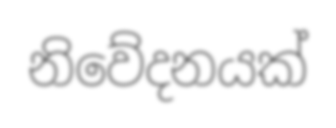
නිවේදනයක්